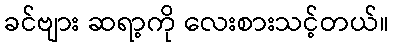
ခင်ဗျား ဆရာ့ကို လေးစားသင့်တယ်။